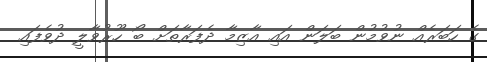
ގެ ހަބަރެއް ނުވުމުން ބަލަން އައި އާޒިމާ ދެފަރާތަށް ބޯ ހޫރުވާލީ ދުވެފައި